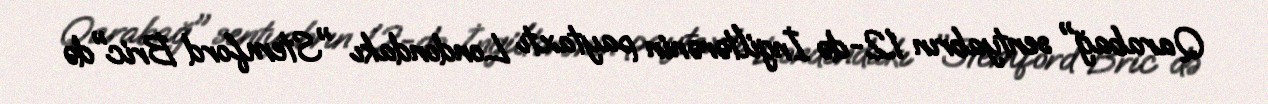
Qarabağ" sentyabrın 12-də İngiltərənin paytaxtı Londondakı "Stemford Bric"də